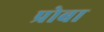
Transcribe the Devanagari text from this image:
प्रोबा